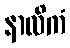
နာလိကံ